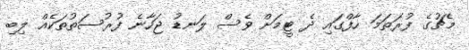
މެޗުގެ ފުރަތަމަ ހާފްގައި ދެ ޓީމަށް ވެސް ލަނޑު ޖަހާނެ ފުރުސަތުތަކެއް ލިބި